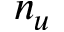
n _ { u }